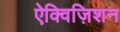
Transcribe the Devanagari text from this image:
ऐक्विज़िशन